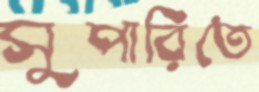
সুপারিতে